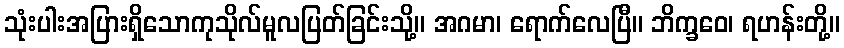
သုံးပါးအပြားရှိသောကုသိုလ်မူလပြတ်ခြင်းသို့။ အဂမာ၊ ရောက်လေပြီ။ ဘိက္ခဝေ၊ ရဟန်းတို့။